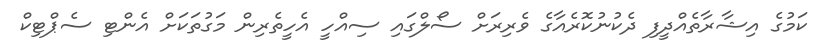
ކަމުގެ އިޝާރާތެއްދީފި ދެކުނުކޮރެއާގެ ވެރިރަށް ސޯލްގައި ސިއްހީ އެހީތެރިން މަގުތަކަށް އެންޓި ސެޕްޓިކް